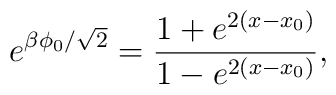
e^{\beta \phi_{0}/\sqrt{2}}=\frac{1+e^{2(x-x_{0})}}{1-e^{2(x-x_{0})}},